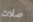
صلات